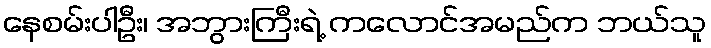
နေစမ်းပါဦး၊ အဘွားကြီးရဲ့ ကလောင်အမည်က ဘယ်သူ